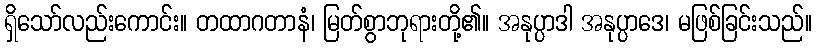
ရှိသော်လည်းကောင်း။ တထာဂတာနံ၊ မြတ်စွာဘုရားတို့၏။ အနုပ္ပာဒါ အနုပ္ပာဒေ၊ မဖြစ်ခြင်းသည်။